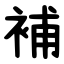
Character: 補